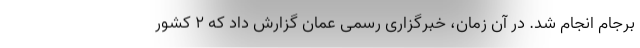
برجام انجام شد. در آن زمان، خبرگزاری رسمی عمان گزارش داد که 2 کشور